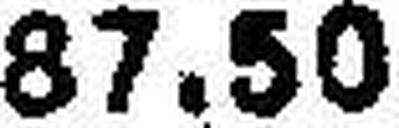
87.50